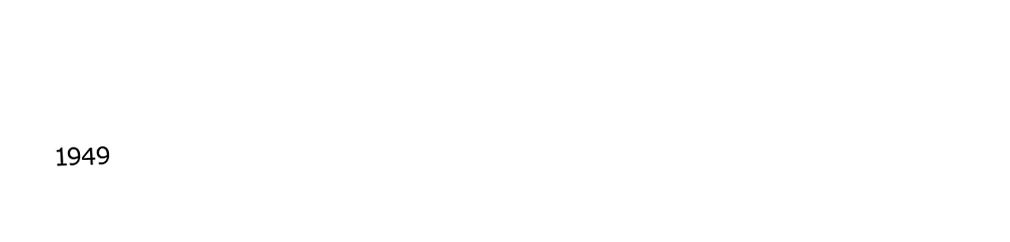

1949